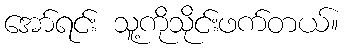
အော်ရင်း သူ့ကိုသိုင်းဖက်တယ်။